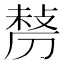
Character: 𠞲